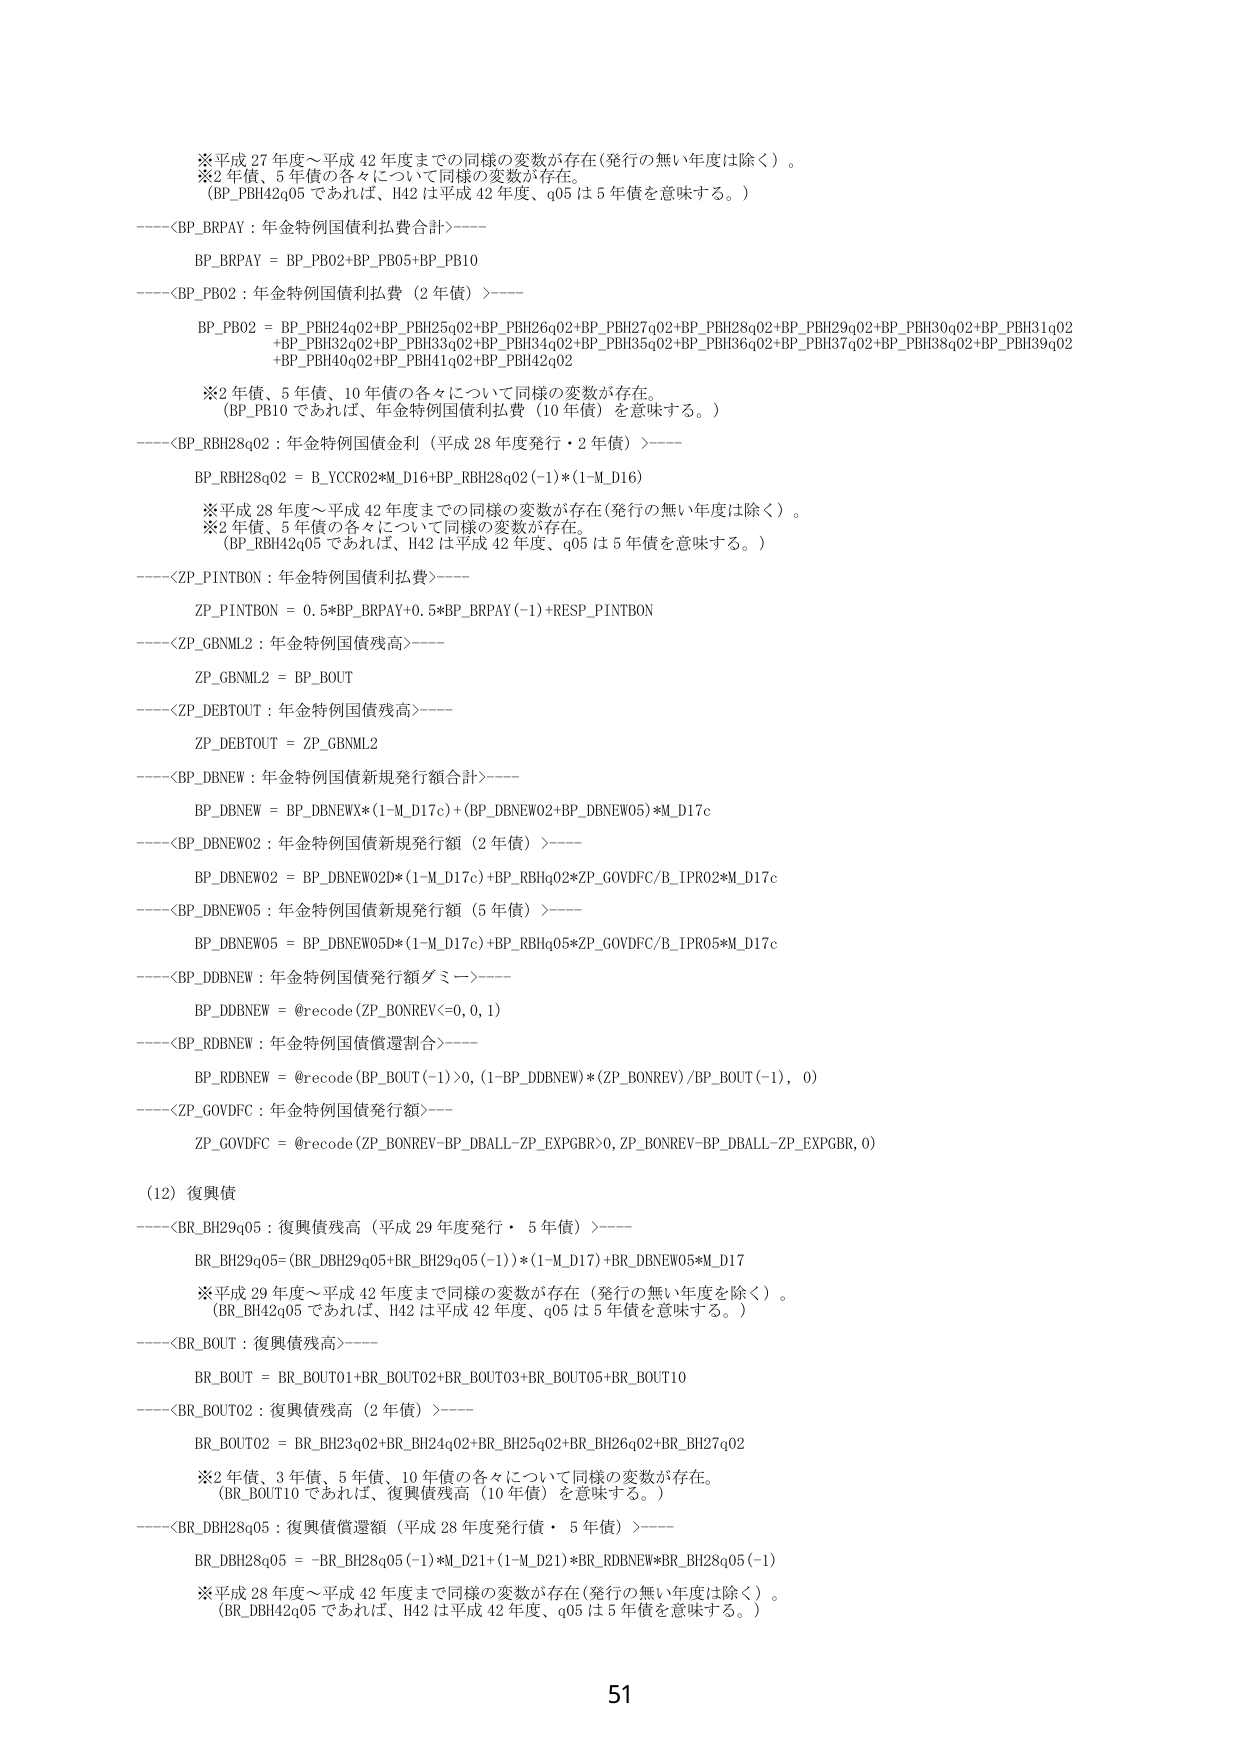
※平成27年度～平成42年度までの同様の変数が存在（発行の無い年度は除く）。
※2年債、5年債の各々について同様の変数が存在。
（BP_PBH42q05であれば、H42は平成42年度、q05は5年債を意味する。）

----<BP_BRPAY：年金特例国債利払費合計>----
BP_BRPAY = BP_PB02+BP_PB05+BP_PB10

----<BP_PB02：年金特例国債利払費（2年債）>----
BP_PB02 = BP_PBH24q02+BP_PBH25q02+BP_PBH26q02+BP_PBH27q02+BP_PBH28q02+BP_PBH29q02+BP_PBH30q02+BP_PBH31q02
+BP_PBH32q02+BP_PBH33q02+BP_PBH34q02+BP_PBH35q02+BP_PBH36q02+BP_PBH37q02+BP_PBH38q02+BP_PBH39q02
+BP_PBH40q02+BP_PBH41q02+BP_PBH42q02

※2年債、5年債、10年債の各々について同様の変数が存在。
（BP_PB10であれば、年金特例国債利払費（10年債）を意味する。）

----<BP_RBH28q02：年金特例国債金利（平成28年度発行・2年債）>----
BP_RBH28q02 = B_YCCR02*M_D16+BP_RBH28q02(-1)*(1-M_D16)

※平成28年度～平成42年度までの同様の変数が存在（発行の無い年度は除く）。
※2年債、5年債の各々について同様の変数が存在。
（BP_RBH42q05であれば、H42は平成42年度、q05は5年債を意味する。）

----<ZP_PINTBON：年金特例国債利払費>----
ZP_PINTBON = 0.5*BP_BRPAY+0.5*BP_BRPAY(-1)+RESP_PINTBON

----<ZP_GBNML2：年金特例国債残高>----
ZP_GBNML2 = BP_BOUT

----<ZP_DEBTOUT：年金特例国債残高>----
ZP_DEBTOUT = ZP_GBNML2

----<BP_DBNEW：年金特例国債新規発行額合計>----
BP_DBNEW = BP_DBNEW02*(1-M_D17c)+(BP_DBNEW02+BP_DBNEW05)*M_D17c

----<BP_DBNEW02：年金特例国債新規発行額（2年債）>----
BP_DBNEW02 = BP_DBNEW02D*(1-M_D17c)+BP_RBHq02*ZP_GOVDFC/B_IPRO2*M_D17c

----<BP_DBNEW05：年金特例国債新規発行額（5年債）>----
BP_DBNEW05 = BP_DBNEW05D*(1-M_D17c)+BP_RBHq05*ZP_GOVDFC/B_IPRO5*M_D17c

----<BP_DDBNEW：年金特例国債発行額ダミー>----
BP_DDBNEW = @recode(ZP_BONREV<=0, 0, 1)

----<BP_RDBNEW：年金特例国債償還割合>----
BP_RDBNEW = @recode(BP_BOUT(-1)>0, (1-BP_DDBNEW)*(ZP_BONREV)/BP_BOUT(-1), 0)

----<ZP_GOVDFC：年金特例国債発行額>----
ZP_GOVDFC = @recode(ZP_BONREV-BP_DBALL-ZP_EXPGBR>0, ZP_BONREV-BP_DBALL-ZP_EXPGBR, 0)

(12) 復興債

----<BR_BH29q05：復興債残高（平成29年度発行・5年債）>----
BR_BH29q05=(BR_DBH29q05+BR_BH29q05(-1))*(1-M_D17)+BR_DBNEW05*M_D17

※平成29年度～平成42年度まで同様の変数が存在（発行の無い年度を除く）。
（BR_BH42q05であれば、H42は平成42年度、q05は5年債を意味する。）

----<BR_BOUT：復興債残高>----
BR_BOUT = BR_BOUT01+BR_BOUT02+BR_BOUT03+BR_BOUT05+BR_BOUT10

----<BR_BOUT02：復興債残高（2年債）>----
BR_BOUT02 = BR_BH23q02+BR_BH24q02+BR_BH25q02+BR_BH26q02+BR_BH27q02

※2年債、3年債、5年債、10年債の各々について同様の変数が存在。
（BR_BOUT10であれば、復興債残高（10年債）を意味する。）

----<BR_DBH28q05：復興債償還額（平成28年度発行債・5年債）>----
BR_DBH28q05 = -BR_BH28q05(-1)*M_D21+(1-M_D21)*BR_RDBNEW*BR_BH28q05(-1)

※平成28年度～平成42年度まで同様の変数が存在（発行の無い年度は除く）。
（BR_DBH42q05であれば、H42は平成42年度、q05は5年債を意味する。）

51